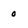
Character: o